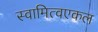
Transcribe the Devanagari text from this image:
स्वामित्वएकल